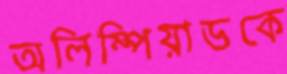
অলিম্পিয়াডকে